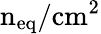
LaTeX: \mathrm{n}_{\mathrm{eq}}/\mathrm{cm}^{2}